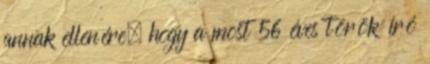
annak ellenére, hogy a most 56 éves török író